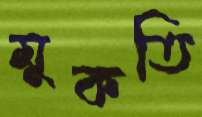
মুকতি